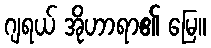
ဂျရယ် အိုဟာရာ၏ မြေ။